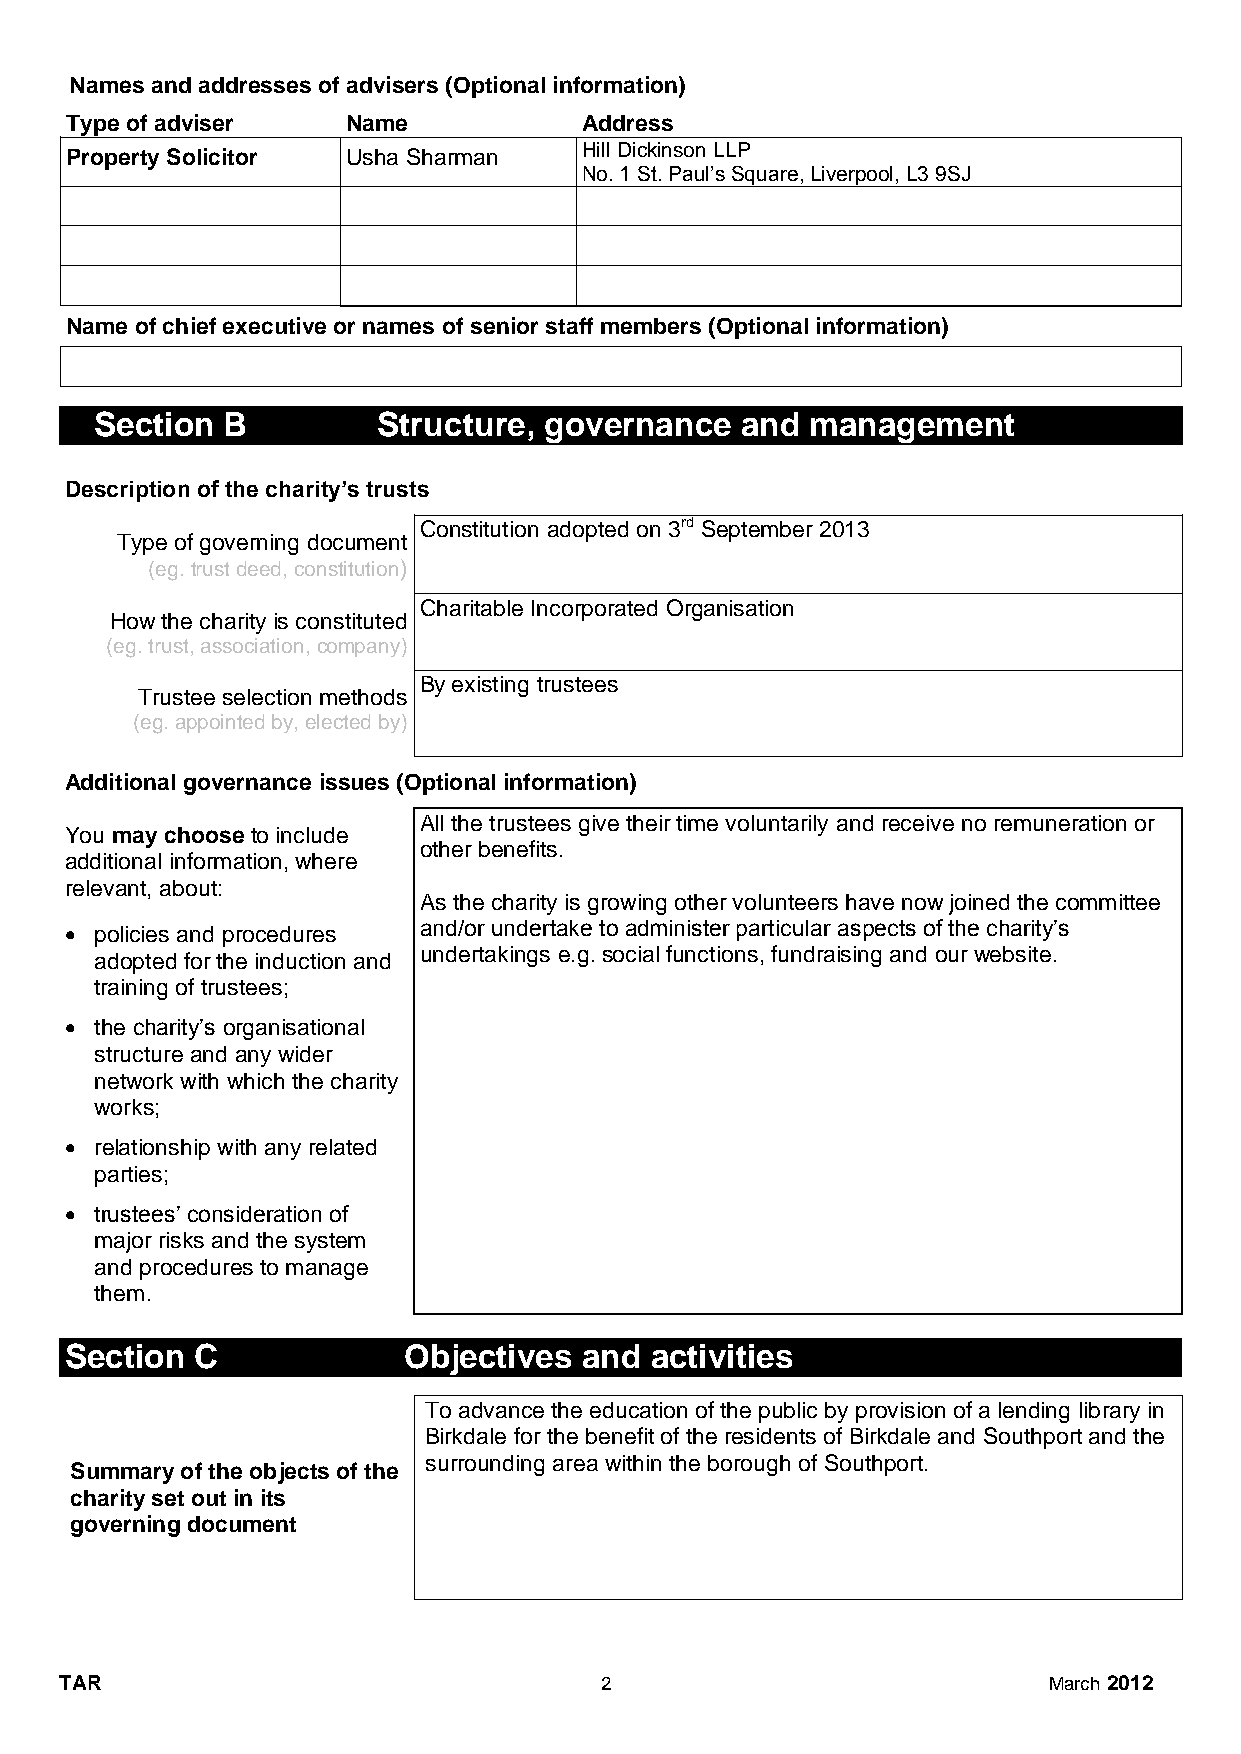
Names and addresses of advisers (Optional information)
 Type of adviser    Name            Address
 Hill Dickinson LLP
 Property Solicitor Usha Sharman
 No. 1 St. Paul’s Square, Liverpool, L3 9SJ
 Name of chief executive or names of senior staff members (Optional information)
 Section  B         Structure, governance   and  management
 Description of the charity’s trusts
 Constitution adopted on 3rd September 2013
 Type of governing document
 (eg. trust deed, constitution)
 Charitable Incorporated Organisation
 How the charity is constituted
 (eg. trust, association, company)
 By existing trustees
 Trustee selection methods
 (eg. appointed by, elected by)
 Additional governance issues (Optional information)
 All the trustees give their time voluntarily and receive no remuneration or
 You may choose to include
 other benefits.
 additional information, where
 relevant, about:
 As the charity is growing other volunteers have now joined the committee
  policies and procedures and/or undertake to administer particular aspects of the charity’s
 undertakings e.g. social functions, fundraising and our website.
 adopted for the induction and
 training of trustees;
  the charity’s organisational
 structure and any wider
 network with which the charity
 works;
  relationship with any related
 parties;
  trustees’ consideration of
 major risks and the system
 and procedures to manage
 them.
 Section  C             Objectives  and activities
 To advance the education of the public by provision of a lending library in
 Birkdale for the benefit of the residents of Birkdale and Southport and the
 surrounding area within the borough of Southport.
 Summary of the objects of the
 charity set out in its
 governing document
 TAR                                 2                            March 2012